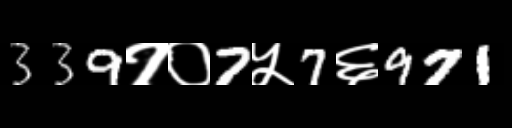
Text: 339१०7५7६971